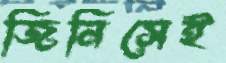
জিনিসেই